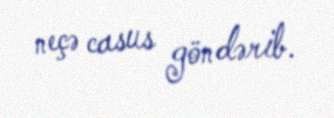
neçə casus göndərib.